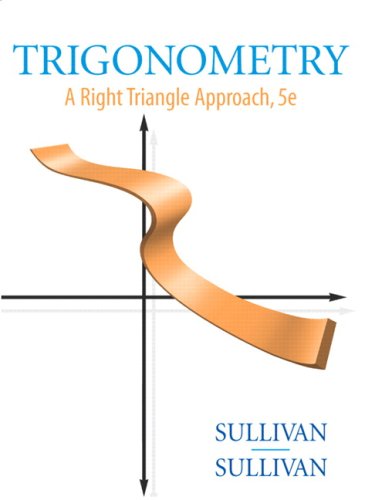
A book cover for Trigonometry: A Right Triangle Approach (5th Edition); Michael Sullivan; Science & Math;